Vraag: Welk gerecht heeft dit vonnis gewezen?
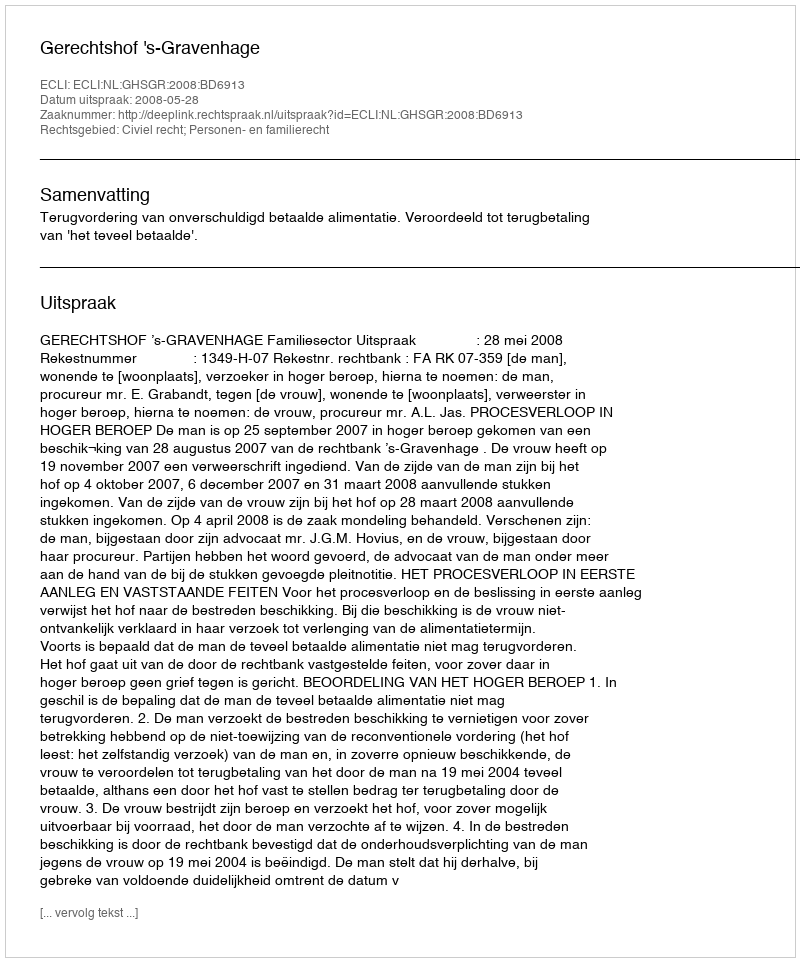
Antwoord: Gerechtshof 's-Gravenhage